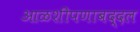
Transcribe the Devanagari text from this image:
आळशीपणाबद्दल